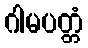
ဂါမပတ္တံ